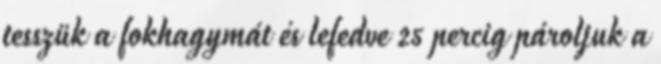
tesszük a fokhagymát és lefedve 25 percig pároljuk a